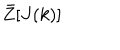
LaTeX: \bar { Z } [ J ( k ) ]